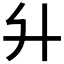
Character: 𦫵